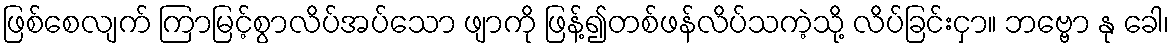
ဖြစ်စေလျက် ကြာမြင့်စွာလိပ်အပ်သော ဖျာကို ဖြန့်၍တစ်ဖန်လိပ်သကဲ့သို့ လိပ်ခြင်းငှာ။ ဘဗ္ဗော နု ခေါ၊